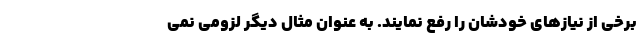
برخی از نیازهای خودشان را رفع نمایند. به عنوان مثال دیگر لزومی نمی